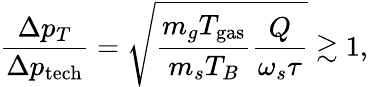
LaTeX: \frac{\Delta p_{T}}{\Delta p_{\mathrm{tech}}}=\sqrt{\frac{m_{g}T_{\mathrm{gas}}}{m_{s}T_{B}}\frac{Q}{\omega_{s}\tau}}\gtrsim 1,